Indian journal of veterinary science and animal husbandry - Volume 13,
Year: 1943
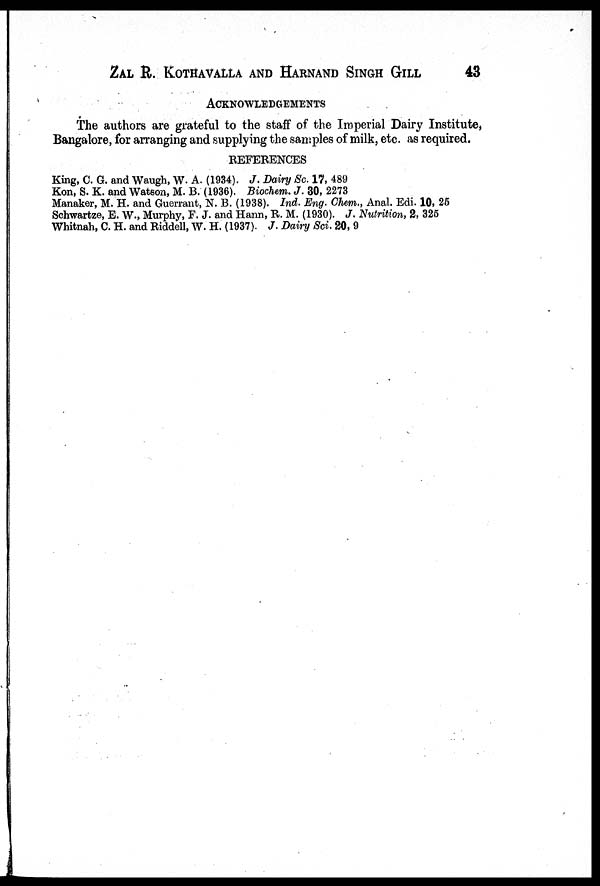
ZAL R. KOTHAVALLA AND HARNAND SINGH GILL 43
ACKNOWLEDGEMENTS
The authors are grateful to the staff of the Imperial Dairy Institute,
Bangalore, for arranging and supplying the samples of milk, etc. as required.
REFERENCES
King, C. G. and Waugh, W. A. (1934). J. Dairy Sc. 17, 489
Kon, S. K. and Watson, M. B. (1936). Biochem. J. 30, 2273
Manaker, M. H. and Guerrant, N. B. (1938). Ind. Eng. Chem., Anal. Edi. 10, 25
Schwartze, E. W., Murphy, F. J. and Hann, R. M. (1930). J. Nutrition, 2, 325
Whitnah, C. H. and Riddell, W. H. (1937). J. Dairy Sci. 20, 9